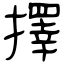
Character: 擇